Tartu_Kolgata_baptistikogudus, lk 6
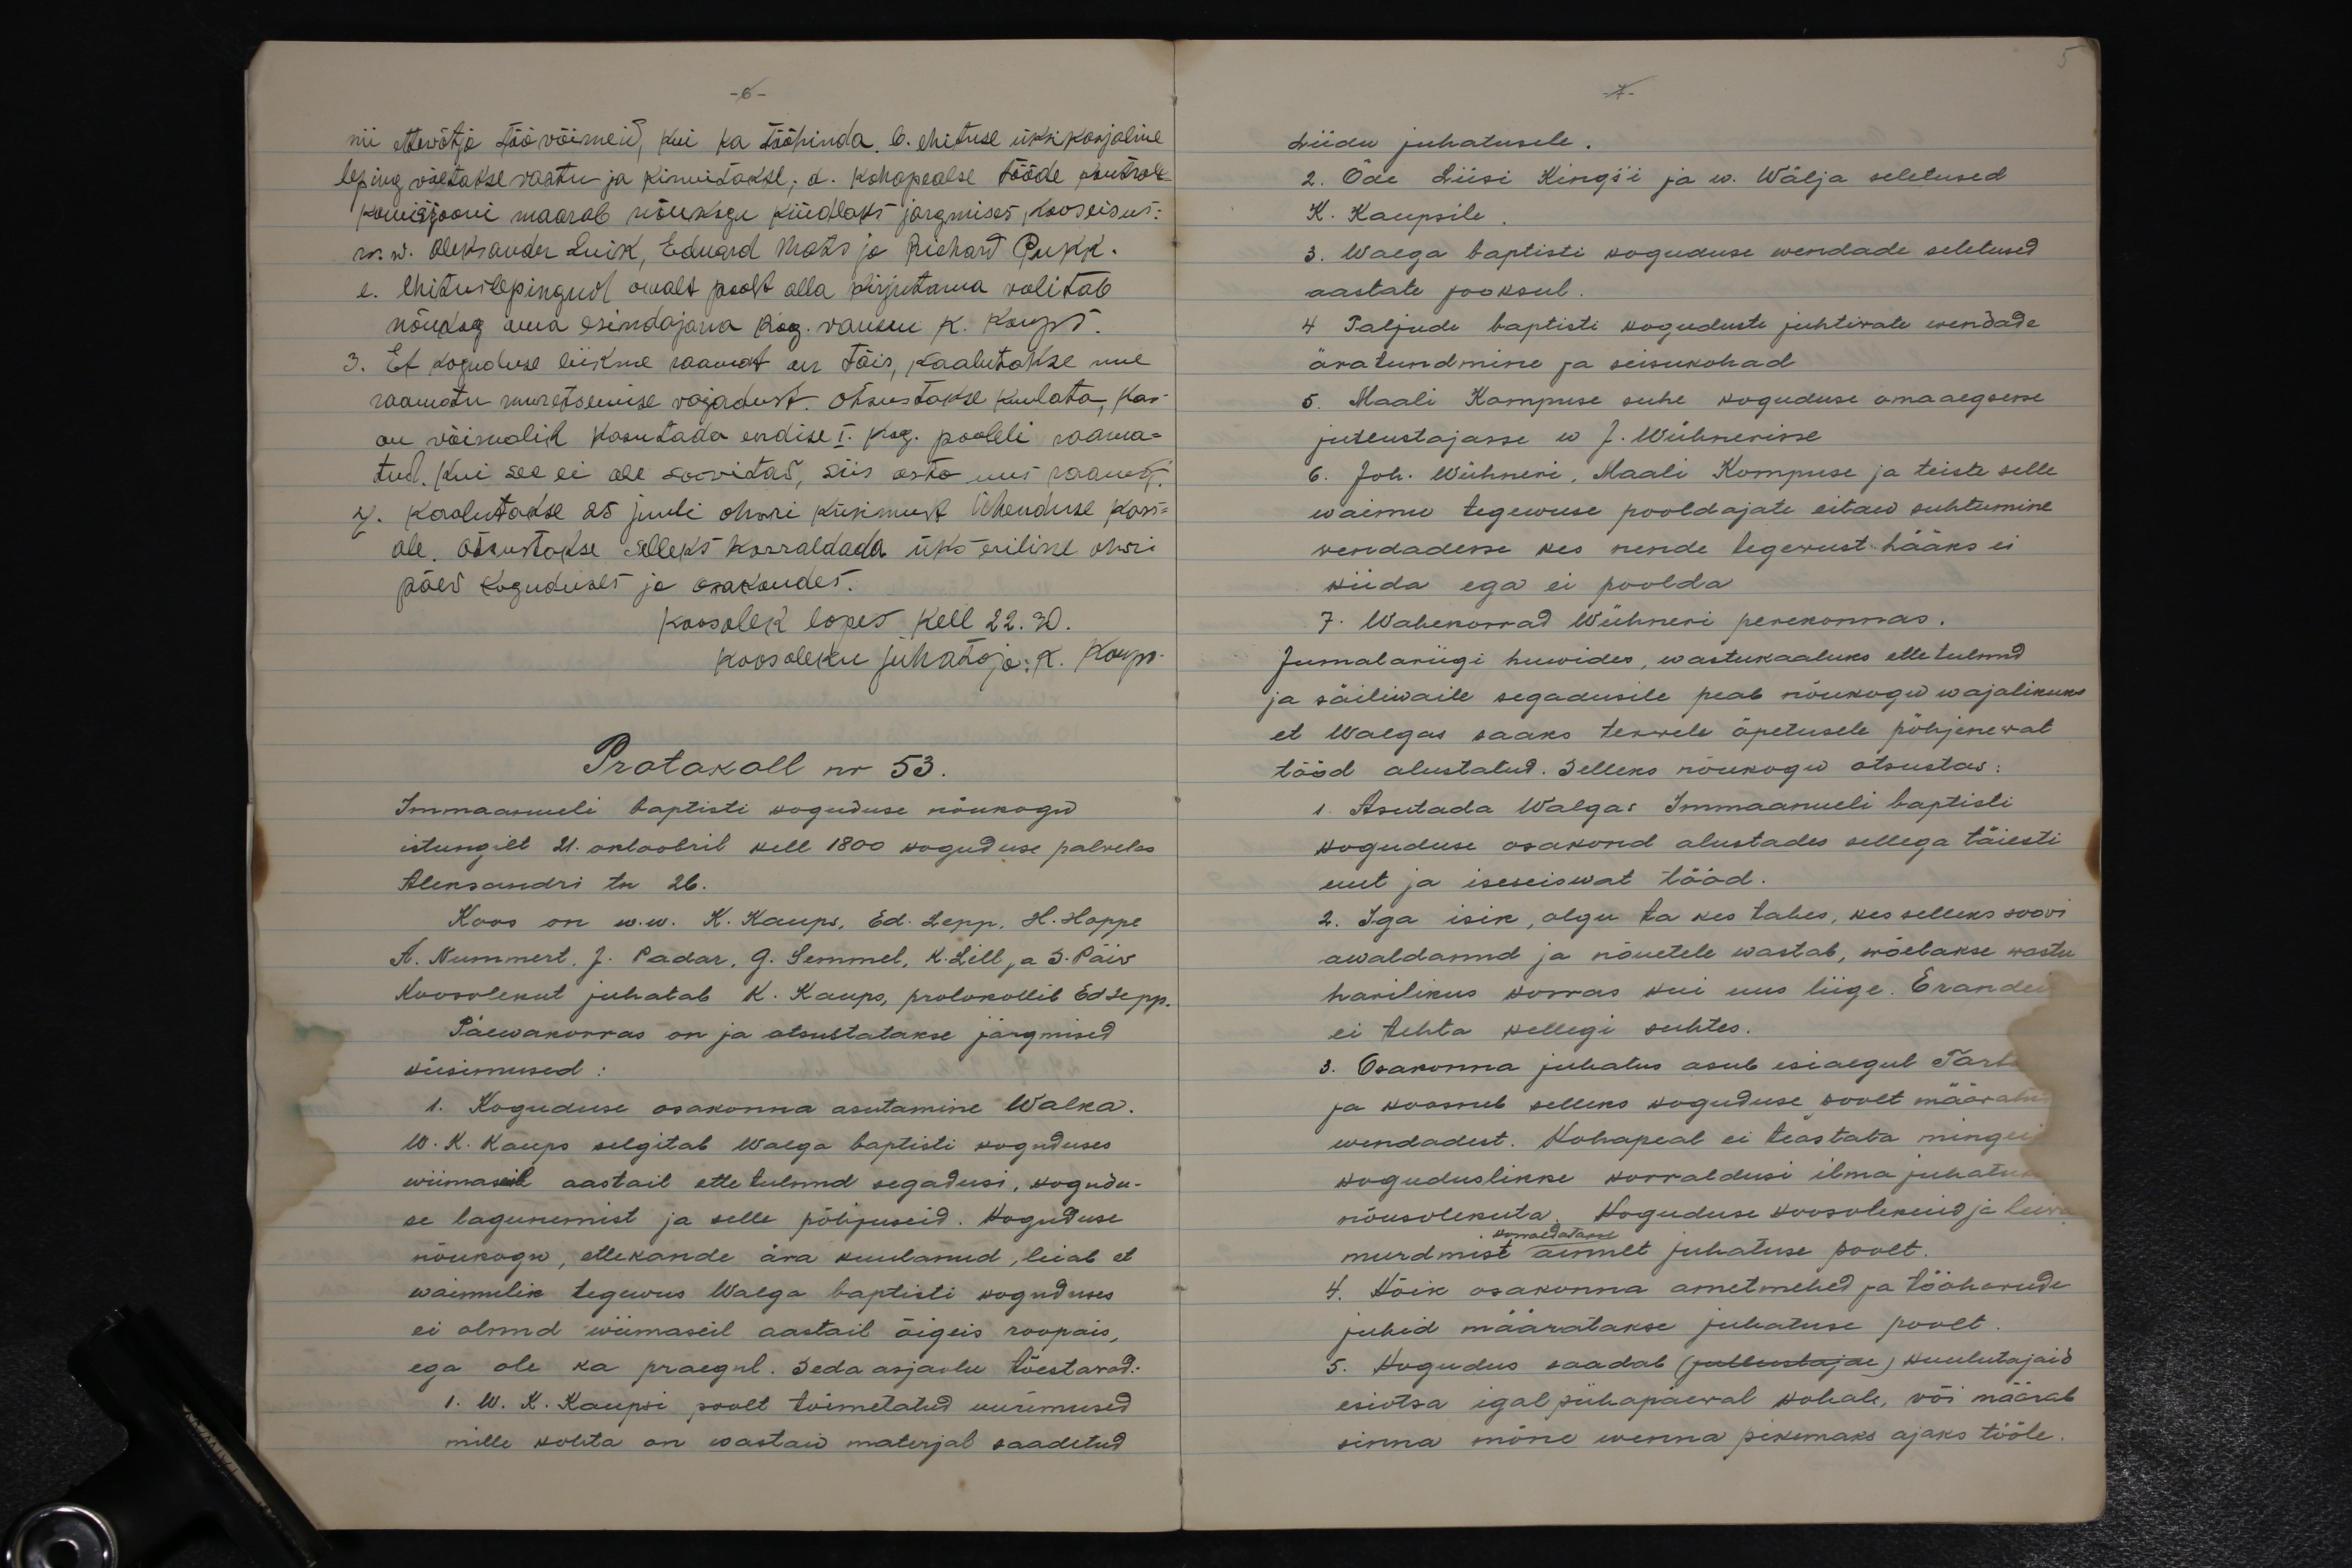
-6-

nii ettewõtja töövõimeid, kui ka tööhinda b. ehituse üksikasjaline
leping võetakse vastu ja kinnitakse, d. kohapealse tööde kontroll-
komisjooni määrab nõukogu kindlaks järgmisest kooseisus:
w. w. Aleksander Luik, Eduard Mats ja Richard Pukk.
e. ehituslepingud omalt poolt alla kirjutama volitab
nõukog oma esindajana kog. vanem K. Kaups.
3. Et koguduse liikme raamat on täis, kaalutakse uue
raamatu muretsemise vajadust. Otsustakse kuulata, kas
on võimalik kasutada endise I. Kog. pooleli raama-
tud. Kui see ei ole soovitav, siis osta uus raamat.
4. Kaalutakse 25 juuli ohvri küsimust Ühenduse kass-
ale. Otsustakse selleks korraldada üks eriline ohwri
päev koguduses ja osakondes.
Koosolek lopes kell 22.30.
koosoleku juhataja K. Kaups
Protokoll nr 53.
Immaanueli baptisti koguduse nõukogu
istungilt 21. oktoobril kell 1800 koguduse palvelas.
Aleksandri tn 26.
Koos on w.w. K. Kaups, Ed. Lepp, H. Hoppe
A. Nummert J. Padar, G. Semmel, K. Lill, ja S. Päiv
Koosolekut juhatab K. Kaups, protokollib Ed Sepp.
Päewakorras on ja otsustatakse järgmised
küsimused:
1. Koguduse osakonna asutamine Walka.
W. K. Kaups selgitab Walga baptisti koguduses
wiimaseil aastail ettetulnud segadusi, kogudu-
se lagunemist ja selle põhjuseid. Koguduse
nõukogu, ettekande ära kuulanud, leiab et
waimulik tegewus Walga baptisti koguduses
ei olnud wiimaseil aastail õigeis roopais,
ega ole ka praegul. Seda asjaolu tõestavad:
1. W. K. Kaupsi poolt toimetatud uurimused
mille kohta on wastaw materjal saadetud.

5
- 7 -
Liidu juhatusele.
2. Õde Liisi Kings-i ja w. Wälja seletused
K. Kaupsile.
3. Walga baptisti koguduse wendade seletused
aastate jooksul.
4 Paljude baptisti koguduste juhtivate wendade
äratundmine ja seisukohad
5. Maali Kompuse suhe koguduse omaaegsesse.
jutlustajasse w J. Wühnerisse
6. Joh. Wühneri, Maali Kompuse ja teiste selle
waimu tegewuse pooldajate eitaw suhtumine.
vendadesse kes nende tegevust hääks ei
kiida ega ei poolda
7. Wahekorrad Wühneri perekonnas.
Jumalariigi huwides, wastukaaluks ette tulnud
ja säilivaile segadusile peab nõukogu wajalikuks.
et Walgas saaks terwele õpetusele põhjenewat
tööd alustatud. Selleks nõukogu otsustas:
1. Asutada Walgas Immaanueli baptisti
Koguduse osakond alustades sellega täiesti
uut ja iseseiswat tööd.
2. Iga isik, olgu ta kes tahes, kes selleks soovi
awaldanud ja nõuetele wastab, wõetakse wastu
harilikus korras kui uus liige. Erandei
ei tehta kellegi suhtes.
3. Osakonna juhatus asub esialgul Tartu
ja koosneb selleks koguduse soolt määratu
wendadest. Kohapeal ei teastata mingei
koguduslikke korraldusi ilma juhatud
nõusolekuta. Koguduse koosolekuid ja leiva
korraldatakse
murdmist ainult juhatuse poolt.
4. Kõik osakonna ametmehed ja tööharude
juhid määratakse juhatuse poolt.
5. Kogudus saadab (jutlustajal) kuulutajaid
esistsa igal pühapäewal kohale, või määrab
sinna mõne wenna pikemaks ajaks tööle.